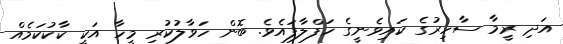
އަދި ރީމާ ސާހިރުގެ ކައިވެނީގެ ހަފްލާފައެވެ. ބޮން ހަވާލުކުރި މީހާ އަކީ ކާކުކަމެއް